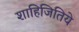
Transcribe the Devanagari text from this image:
शाहिजितिये